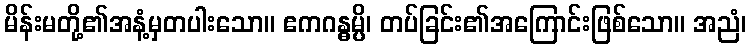
မိန်းမတို့၏အနံ့မှတပါးသော။ ဧကဂန္ဓမ္ပိ၊ တပ်ခြင်း၏အကြောင်းဖြစ်သော။ အညံ၊